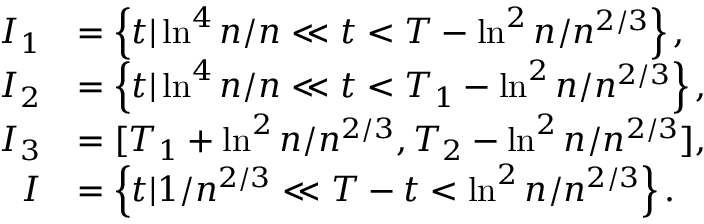
\begin{array} { r l } { I _ { 1 } } & { = \left\{ t | \ln ^ { 4 } n / n \ll t < T - \ln ^ { 2 } n / n ^ { 2 / 3 } \right\} , } \\ { I _ { 2 } } & { = \left\{ t | \ln ^ { 4 } n / n \ll t < T _ { 1 } - \ln ^ { 2 } n / n ^ { 2 / 3 } \right\} , } \\ { I _ { 3 } } & { = [ T _ { 1 } + \ln ^ { 2 } n / n ^ { 2 / 3 } , T _ { 2 } - \ln ^ { 2 } n / n ^ { 2 / 3 } ] , } \\ { I } & { = \left\{ t | 1 / n ^ { 2 / 3 } \ll T - t < \ln ^ { 2 } n / n ^ { 2 / 3 } \right\} . } \end{array}